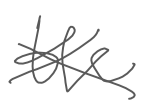
Text: the
Cross-out: cross
Writing tool: digital_gray